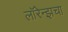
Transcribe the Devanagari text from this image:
लॉरेन्झचा